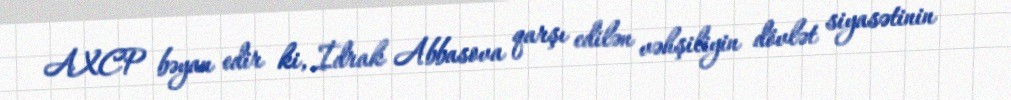
AXCP bəyan edir ki, İdrak Abbasova qarşı edilən vəhşiliyin dövlət siyasətinin